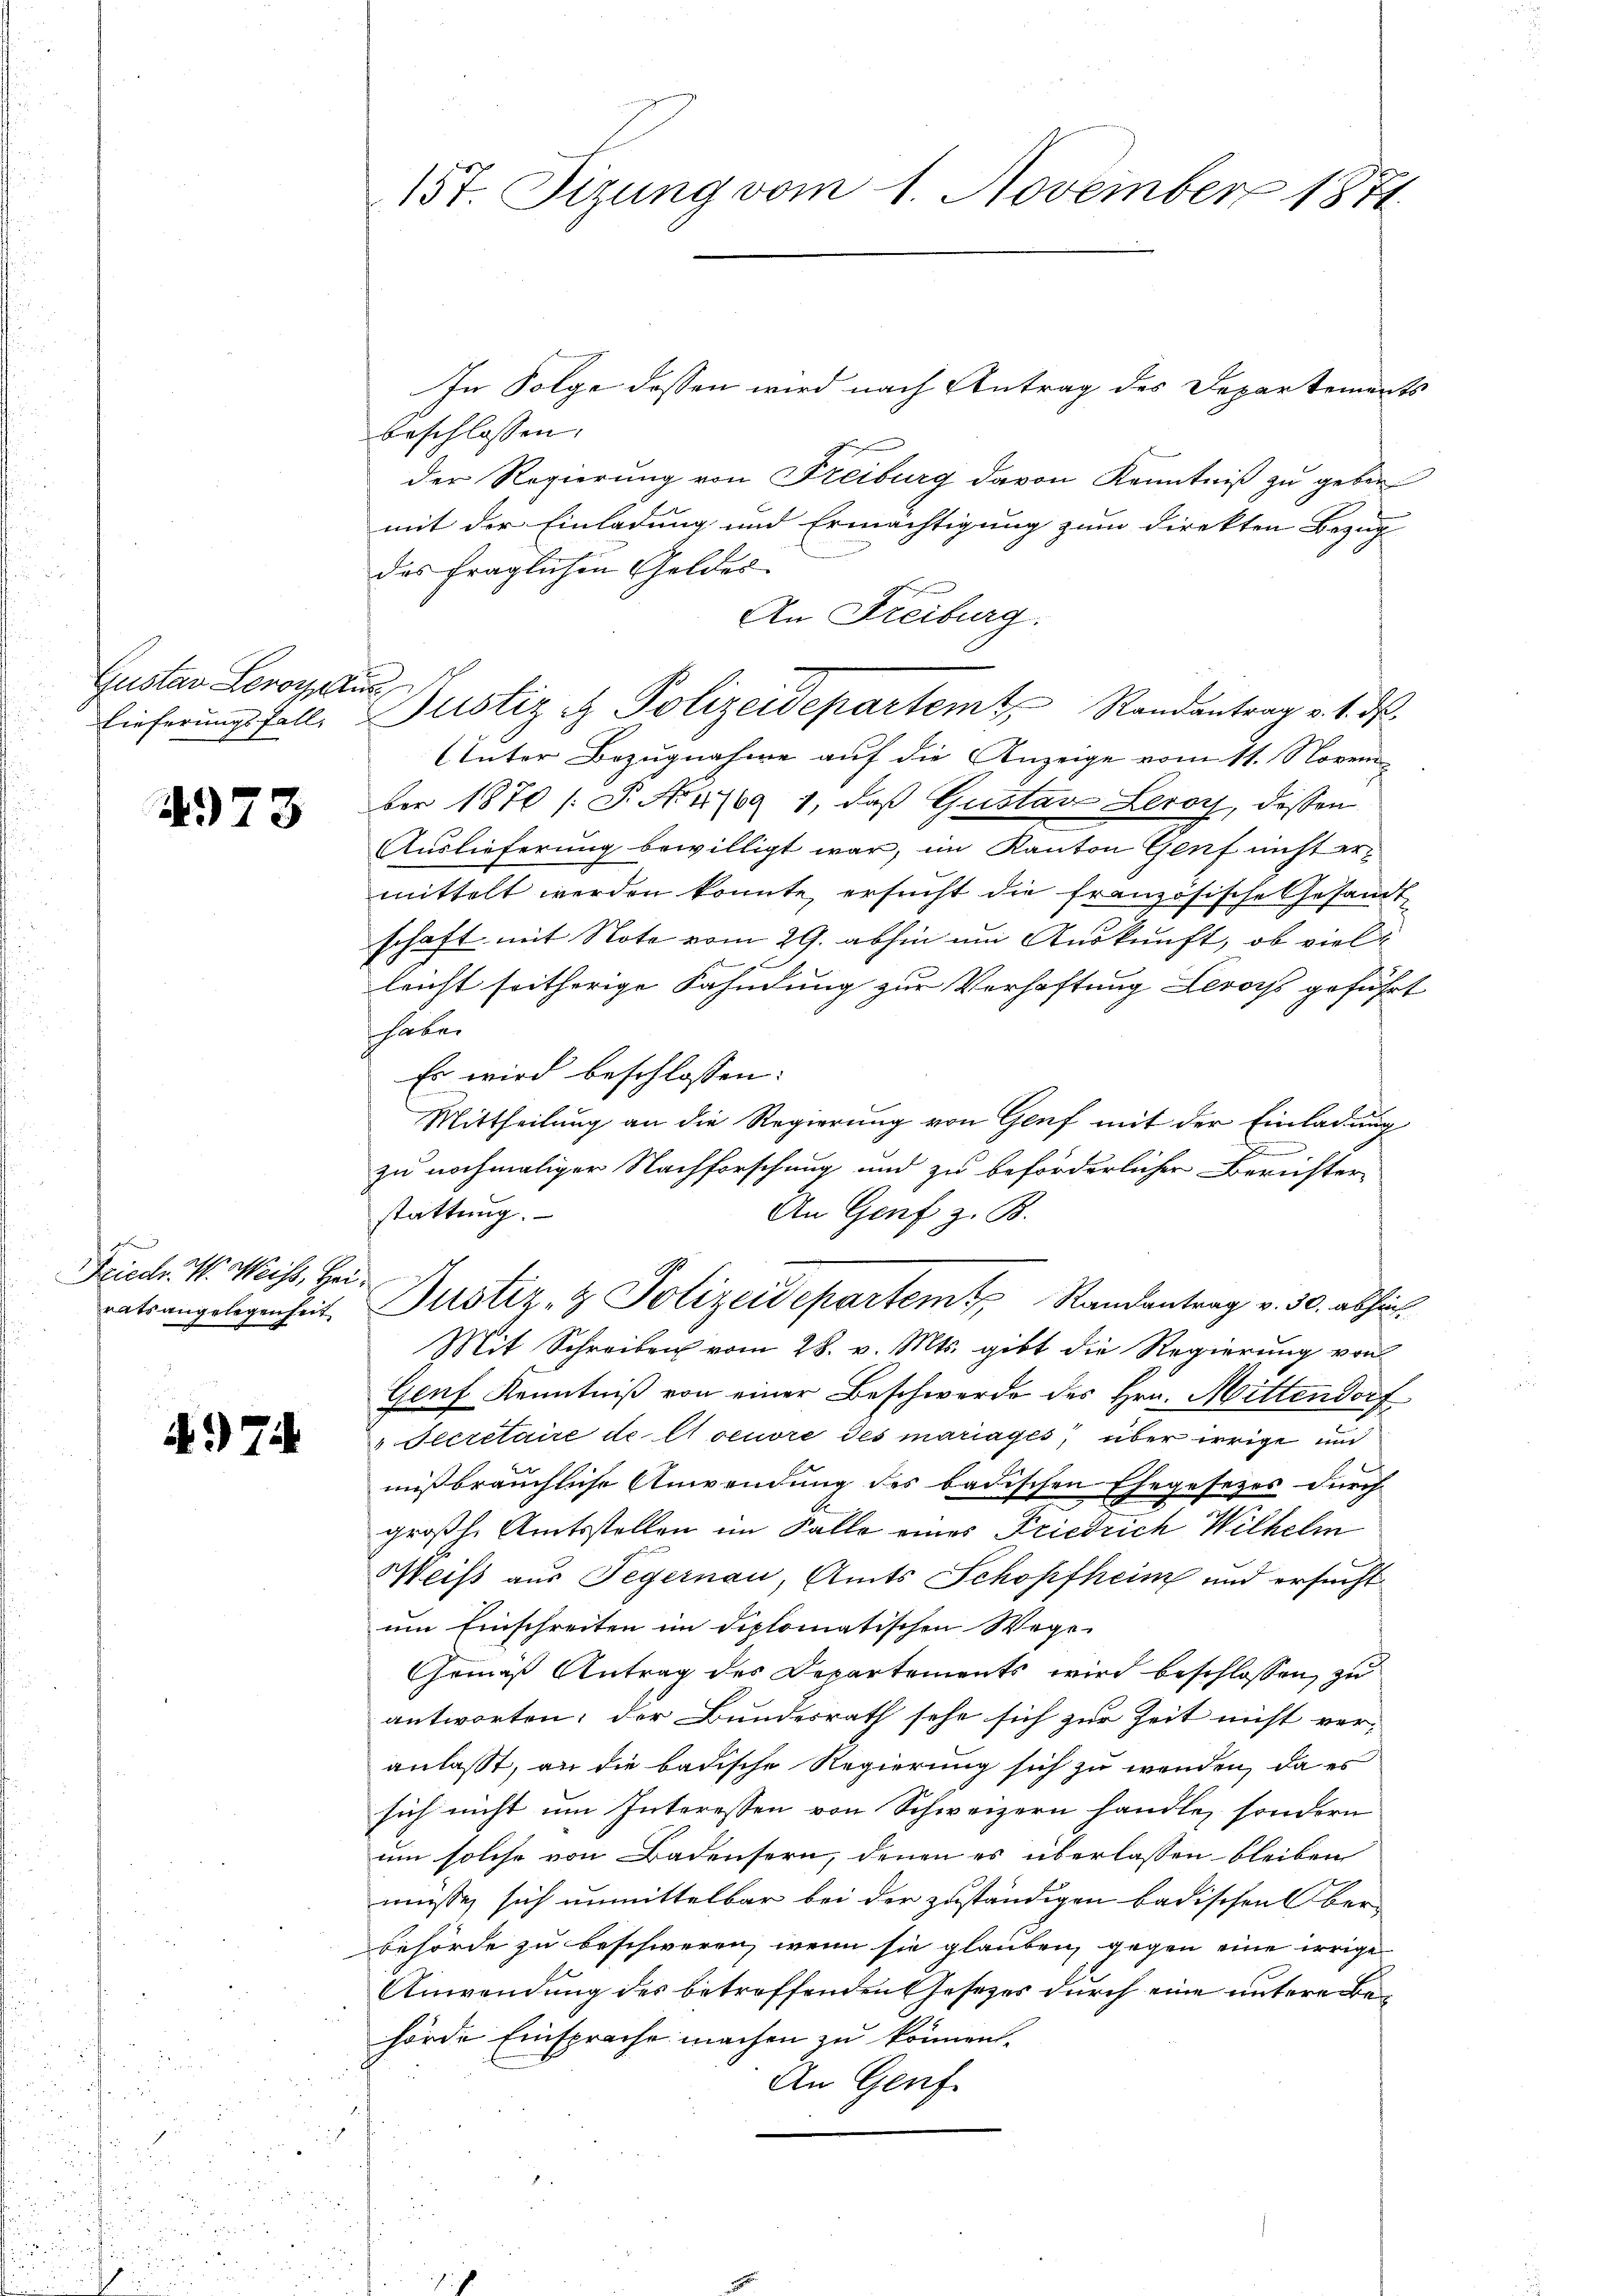
Gustav Lor

4973

Friech. W. Weihs, Hei¬

In Folge dessen wird nach Antrag des Departements
beschlossen.
der Regierung von Freiburg davon Kenntniß zu geben
mit der Einladung und Ermächtigung zum Direkten Bezug
des fraglichen Geldes
An Freiburg.
Unter Bezugnahme auf die Anzeige vom 11. Novem
ber 1870 /: P. Nr 1769 1, daß Gustav Leroy, dessen
Auslieferung bewilligt war, im Kanton Genf nicht ermittelt werden konnte, ersucht die französische Gesandtschaft mit Note vom 29. abhin um Auskunft, ob vielleicht seitherige Fahndung zur Verhaftung Leroiss geführt
haben
Es wird beschlossen:
Mittheilung an die Regierung von Genf mit der Einladung
zu nochmaliger Nachforschung und zu beförderlicher Berichter
stattung.
An Genf z. B.
ratsangelegenheit Zustiz- & Polizeidepartem Randantrag v. 30. abhin¬
Mit Schreiben vom 28. v. Mts. gibt die Regierung von
Genf Kenntniß von einer Beschwerde des Hrn. Mittendorf
 Secretaire de Aoeuvre des mariages, über irrige und
mißbräuchliche Anwendung des badischen Ehegesetzes durch
großh. Amtsstellen im Falle eines Friedrich Wilhelm
Weiß aus Tegernau, Amts Schopfheim und ersucht
um Einschreiten im diplomatischen Wege
Gemäß Antrag des Departements wird beschlossen, zu
antworten, der Bundesrath sehe sich zur Zeit nicht ver-
anlasst, an die badische Regierung sich zu wenden, da es
sich nicht um Interessen von Schweizern handle, sondern
um solche von Badensern, denen es überlassen bleiben
müsse, sich unmittelbar bei der zuständigen badischen Ober-
behörde zu beschweren, wenn sie glauben, gegen eine irrige
Anwendung des betreffenden Gesetzes durch eine untere Behörde Einsprache machen zu können.
An Genf.
.
i

157. Sizung vom 1. November 1871

Lieferungsfalle Justiz & Polizeidepartemt Randantrag v. 1. ds.